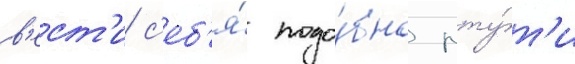
в'ест'и с'еб'я́ подо́бно рту́т'и